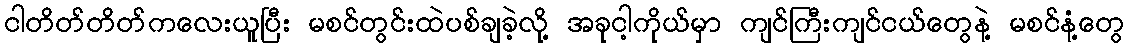
ငါတိတ်တိတ်ကလေးယူပြီး မစင်တွင်းထဲပစ်ချခဲ့လို့ အခုငါ့ကိုယ်မှာ ကျင်ကြီးကျင်ငယ်တွေနဲ့ မစင်နံ့တွေ